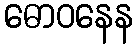
ဓောဝနေန